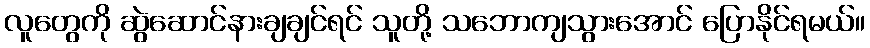
လူတွေကို ဆွဲဆောင်နားချချင်ရင် သူတို့ သဘောကျသွားအောင် ပြောနိုင်ရမယ်။